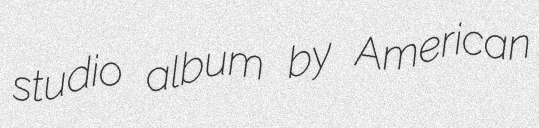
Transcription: studio album by American